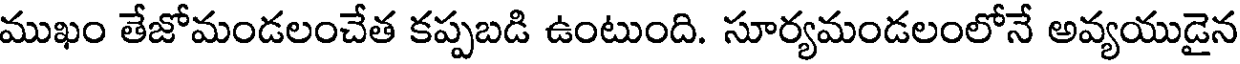
ముఖం తేజోమండలంచేత కప్పబడి ఉంటుంది. సూర్యమండలంలోనే అవ్యయుడైన